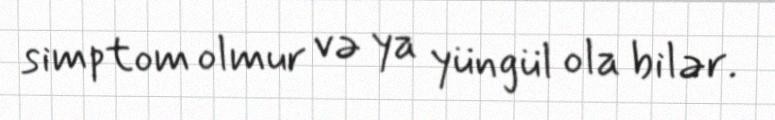
simptom olmur və ya yüngül ola bilər.